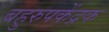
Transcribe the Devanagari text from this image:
बहुरुपकेंद्रक